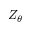
Z _ { \theta }